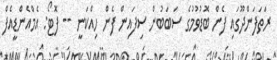
ރަތަފަންދޫގައި ފެން ބޮޑުވުމުގެ ސަބަބުން ސިފައިން ފެން ހިއްކަނީ -- ފޮޓޯ: އެމްއެންޑީއެފް